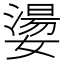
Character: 𡢈